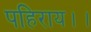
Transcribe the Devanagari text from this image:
पहिराय।।